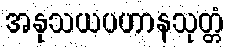
အနုသယပဟာနသုတ္တံ